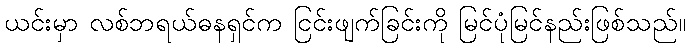
ယင်းမှာ လစ်ဘရယ်ဓနရှင်က ငြင်းဖျက်ခြင်းကို မြင်ပုံမြင်နည်းဖြစ်သည်။